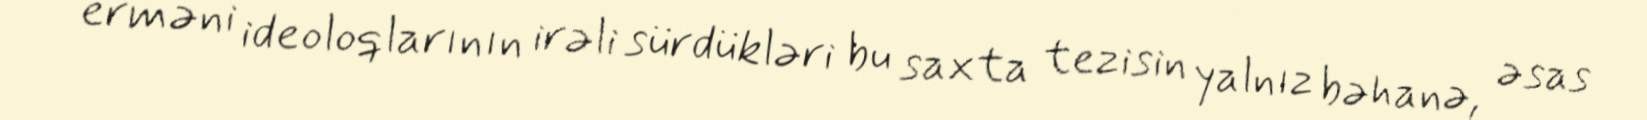
erməni ideoloqlarının irəli sürdükləri bu saxta tezisin yalnız bəhanə, əsas